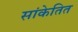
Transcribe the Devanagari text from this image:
सांकेतित